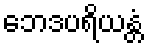
ဘေဒပရိယန္တံ